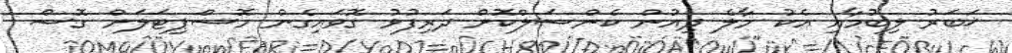
ޚަބަރު ލިބުމާއި އެކު މާލެ ދިއުން ކެންސަލްކޮށް ދަރިފުޅު ގޮވައިގެން ހޮސްޕިޓަލަށް ގޮސް